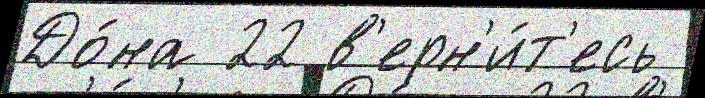
До́на 22 в'ерн'и́т'есь